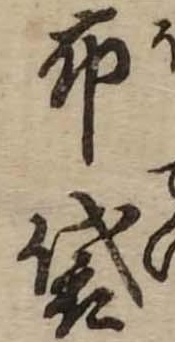
布袋